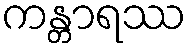
ကန္တာရဿ